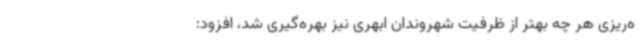
ه‌ریزی هر چه بهتر از ظرفیت شهروندان ابهری نیز بهره‌گیری شد، افزود: